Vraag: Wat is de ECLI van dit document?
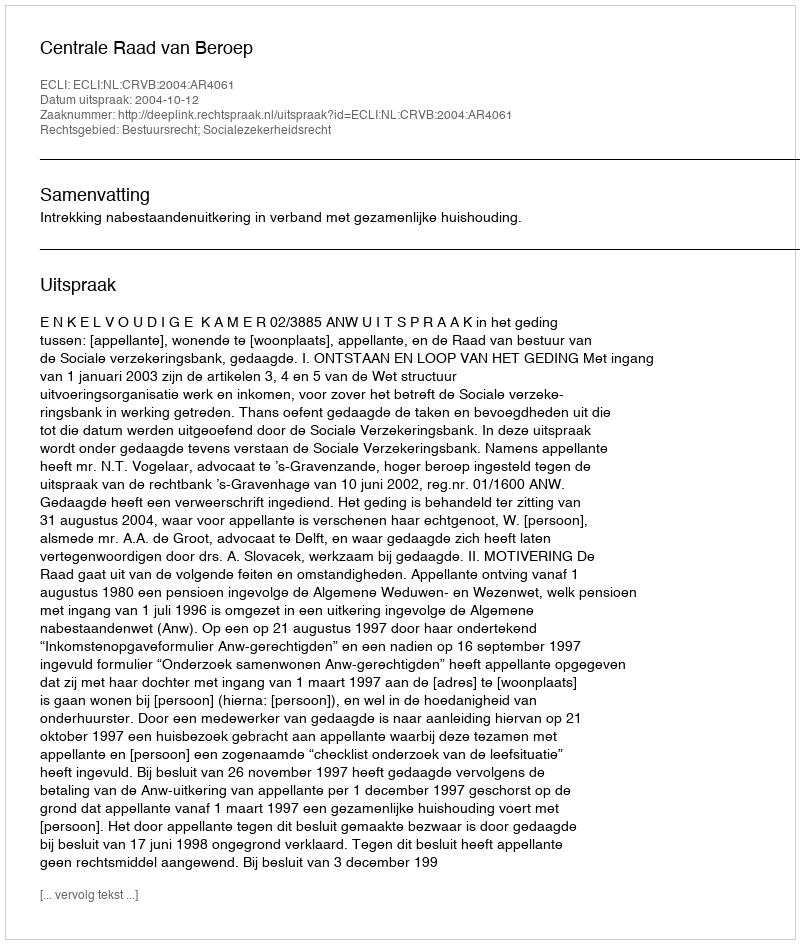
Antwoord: ECLI:NL:CRVB:2004:AR4061